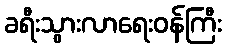
ခရီးသွားလာရေးဝန်ကြီး